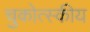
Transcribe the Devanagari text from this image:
चुकोत्स्कीय